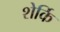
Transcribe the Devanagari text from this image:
शेर्कि